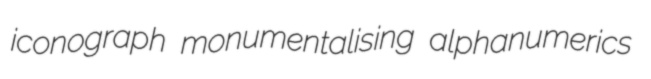
iconograph monumentalising alphanumerics